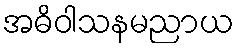
အဓိဝါသနမညာယ